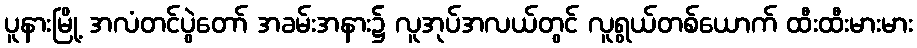
ပူနားမြို့ အလံတင်ပွဲတော် အခမ်းအနား၌ လူအုပ်အလယ်တွင် လူရွယ်တစ်ယောက် ထီးထီးမားမား